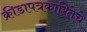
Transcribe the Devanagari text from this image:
क्रीडापत्रकारितेचे